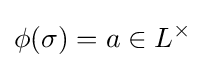
\phi (\sigma )=a\in L^{\times }